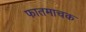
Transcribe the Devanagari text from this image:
फातमाचक